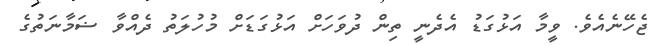
ޖެހޭނެއެވެ. ވީމާ އަޅުގަޑު އެދެނީ ތިން ދުވަހަށް އަޅުގަޑަށް މުހުލަތު ދެއްވާ ޟަމާނަތުގެ